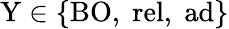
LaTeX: \mathrm{Y}\in\{ \mathrm{BO},\; \mathrm{rel},\; \mathrm{ad}\}